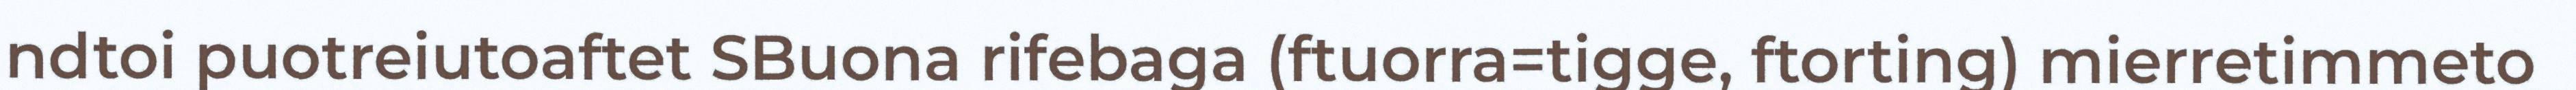
ndtoi puotreiutoaftet SBuona rifebaga (ftuorra=tigge, ftorting) mierretimmeto